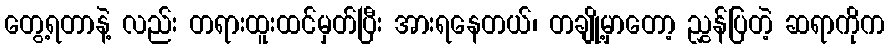
တွေ့ရတာနဲ့ လည်း တရားထူးထင်မှတ်ပြီး အားရနေတယ်၊ တချို့မှာတော့ ညွှန်ပြတဲ့ ဆရာကိုက